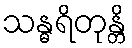
သန္ဓရိတုန္တိ